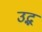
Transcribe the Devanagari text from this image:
उद्भ